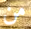
من